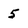
Character: 5